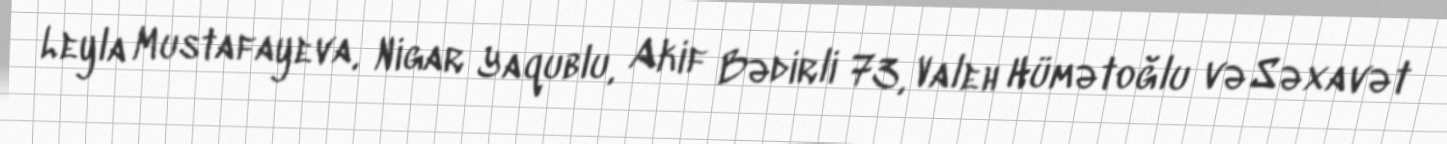
Leyla Mustafayeva, Nigar Yaqublu, Akif Bədirli 73, Valeh Hümətoğlu və Səxavət